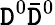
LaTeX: \mathtt{D}^{0}\bar{{\mathtt{D}}}^{0}